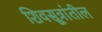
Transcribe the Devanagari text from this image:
शिवसूत्रांतील